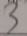
3